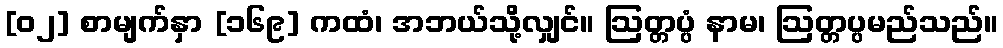
[၀၂] စာမျက်နှာ [၁၆၉] ကထံ၊ အဘယ်သို့လျှင်။ ဩတ္တပ္ပံ နာမ၊ ဩတ္တပ္ပမည်သည်။